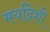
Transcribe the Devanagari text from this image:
मर्यादेशी